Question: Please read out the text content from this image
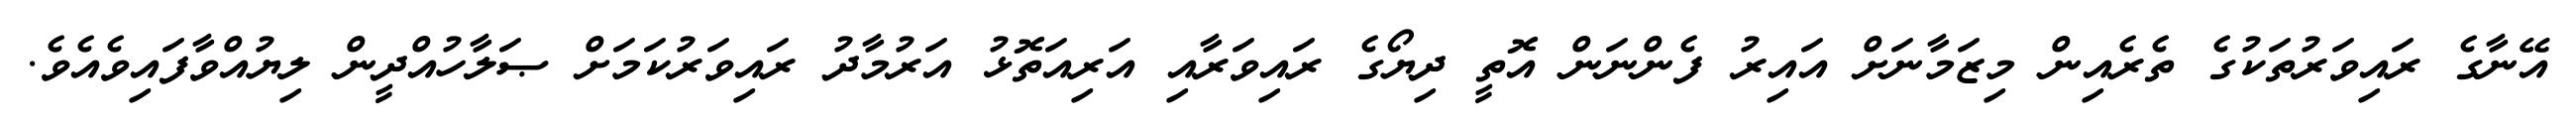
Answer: އޭނާގެ ރައިވަރުތަކުގެ ތެރެއިން މިޒަމާނަށް އައިރު ފެންނަން އޮތީ ދިޔޯގެ ރައިވަރާއި އަރިއަތޮޅު އަރުމާދު ރައިވަރުކަމަށް ޞަލާހުއްދީން ލިޔުއްވާފައިވެއެވެ.